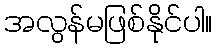
အလွန်မဖြစ်နိုင်ပါ။